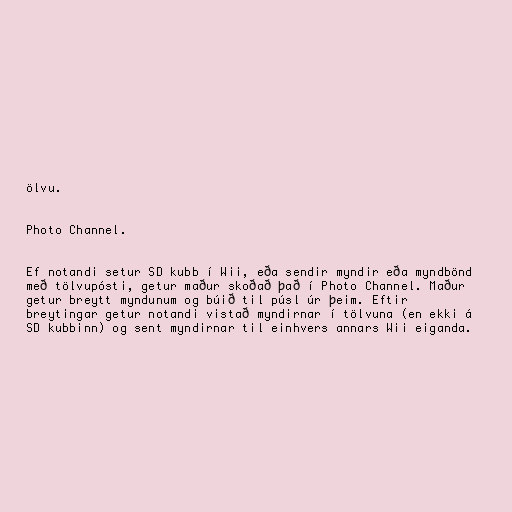
ölvu.

Photo Channel.

Ef notandi setur SD kubb í Wii, eða sendir myndir eða myndbönd
með tölvupósti, getur maður skoðað það í Photo Channel. Maður
getur breytt myndunum og búið til púsl úr þeim. Eftir
breytingar getur notandi vistað myndirnar í tölvuna (en ekki á
SD kubbinn) og sent myndirnar til einhvers annars Wii eiganda.